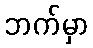
ဘက်မှာ